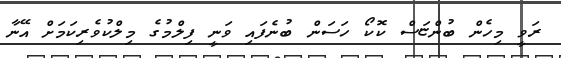
ރަވީ މިހެން ބުންޏަސް ކޮކޯ ހަސަން ބުނެފައި ވަނީ ފިލްމުގެ މިލްކުވެރިކަމަށް އޭނާ